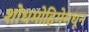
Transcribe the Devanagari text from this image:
शोधमोहिमेमधून